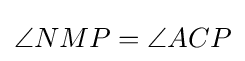
\angle NMP=\angle ACP